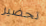
تحضير